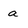
Character: a